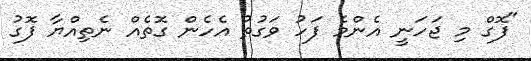
"ފޮގް މި ޖަހަނީ އެންމެ ފަހު ވަގުތު އެހެން ގޮތެއް ނެތިއްޔާ ފޮގު